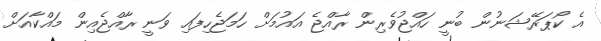
އެ ކޯޕަރޭޝަނުން ބުނީ ހައްޖުވެރިން ރާއްޖެ އައުމަށް ހަމަޖެހިފައި ވަނީ ރާއްޖެއިން މައްކާއަށް